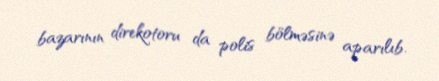
bazarının direkotoru da polis bölməsinə aparılıb.